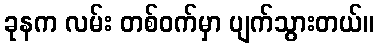
ခုနက လမ်း တစ်ဝက်မှာ ပျက်သွားတယ်။